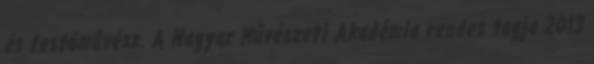
és festőművész. A Magyar Művészeti Akadémia rendes tagja 2013